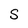
Character: S